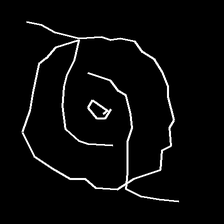
Glyph: repetition